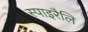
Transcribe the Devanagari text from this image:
स्पाइरैलि